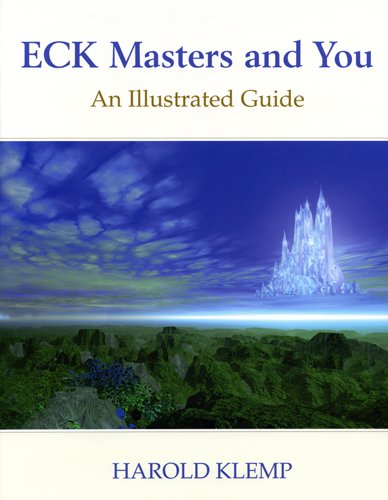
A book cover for Eck Masters And You: An Illustrated Guide; Harold Klemp; Religion & Spirituality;